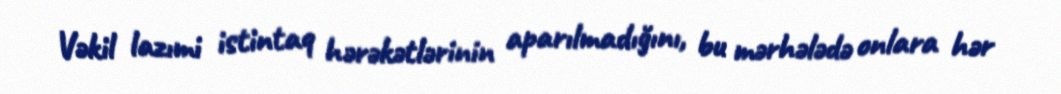
Vəkil lazımi istintaq hərəkətlərinin aparılmadığını, bu mərhələdə onlara hər